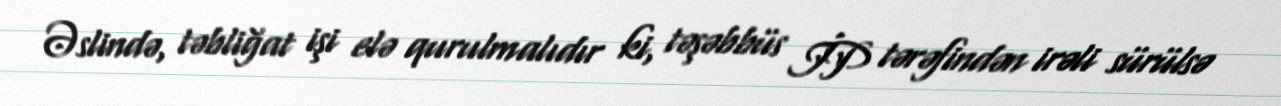
Əslində, təbliğat işi elə qurulmalıdır ki, təşəbbüs İP tərəfindən irəli sürülsə